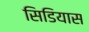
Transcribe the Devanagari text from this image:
सिडियास